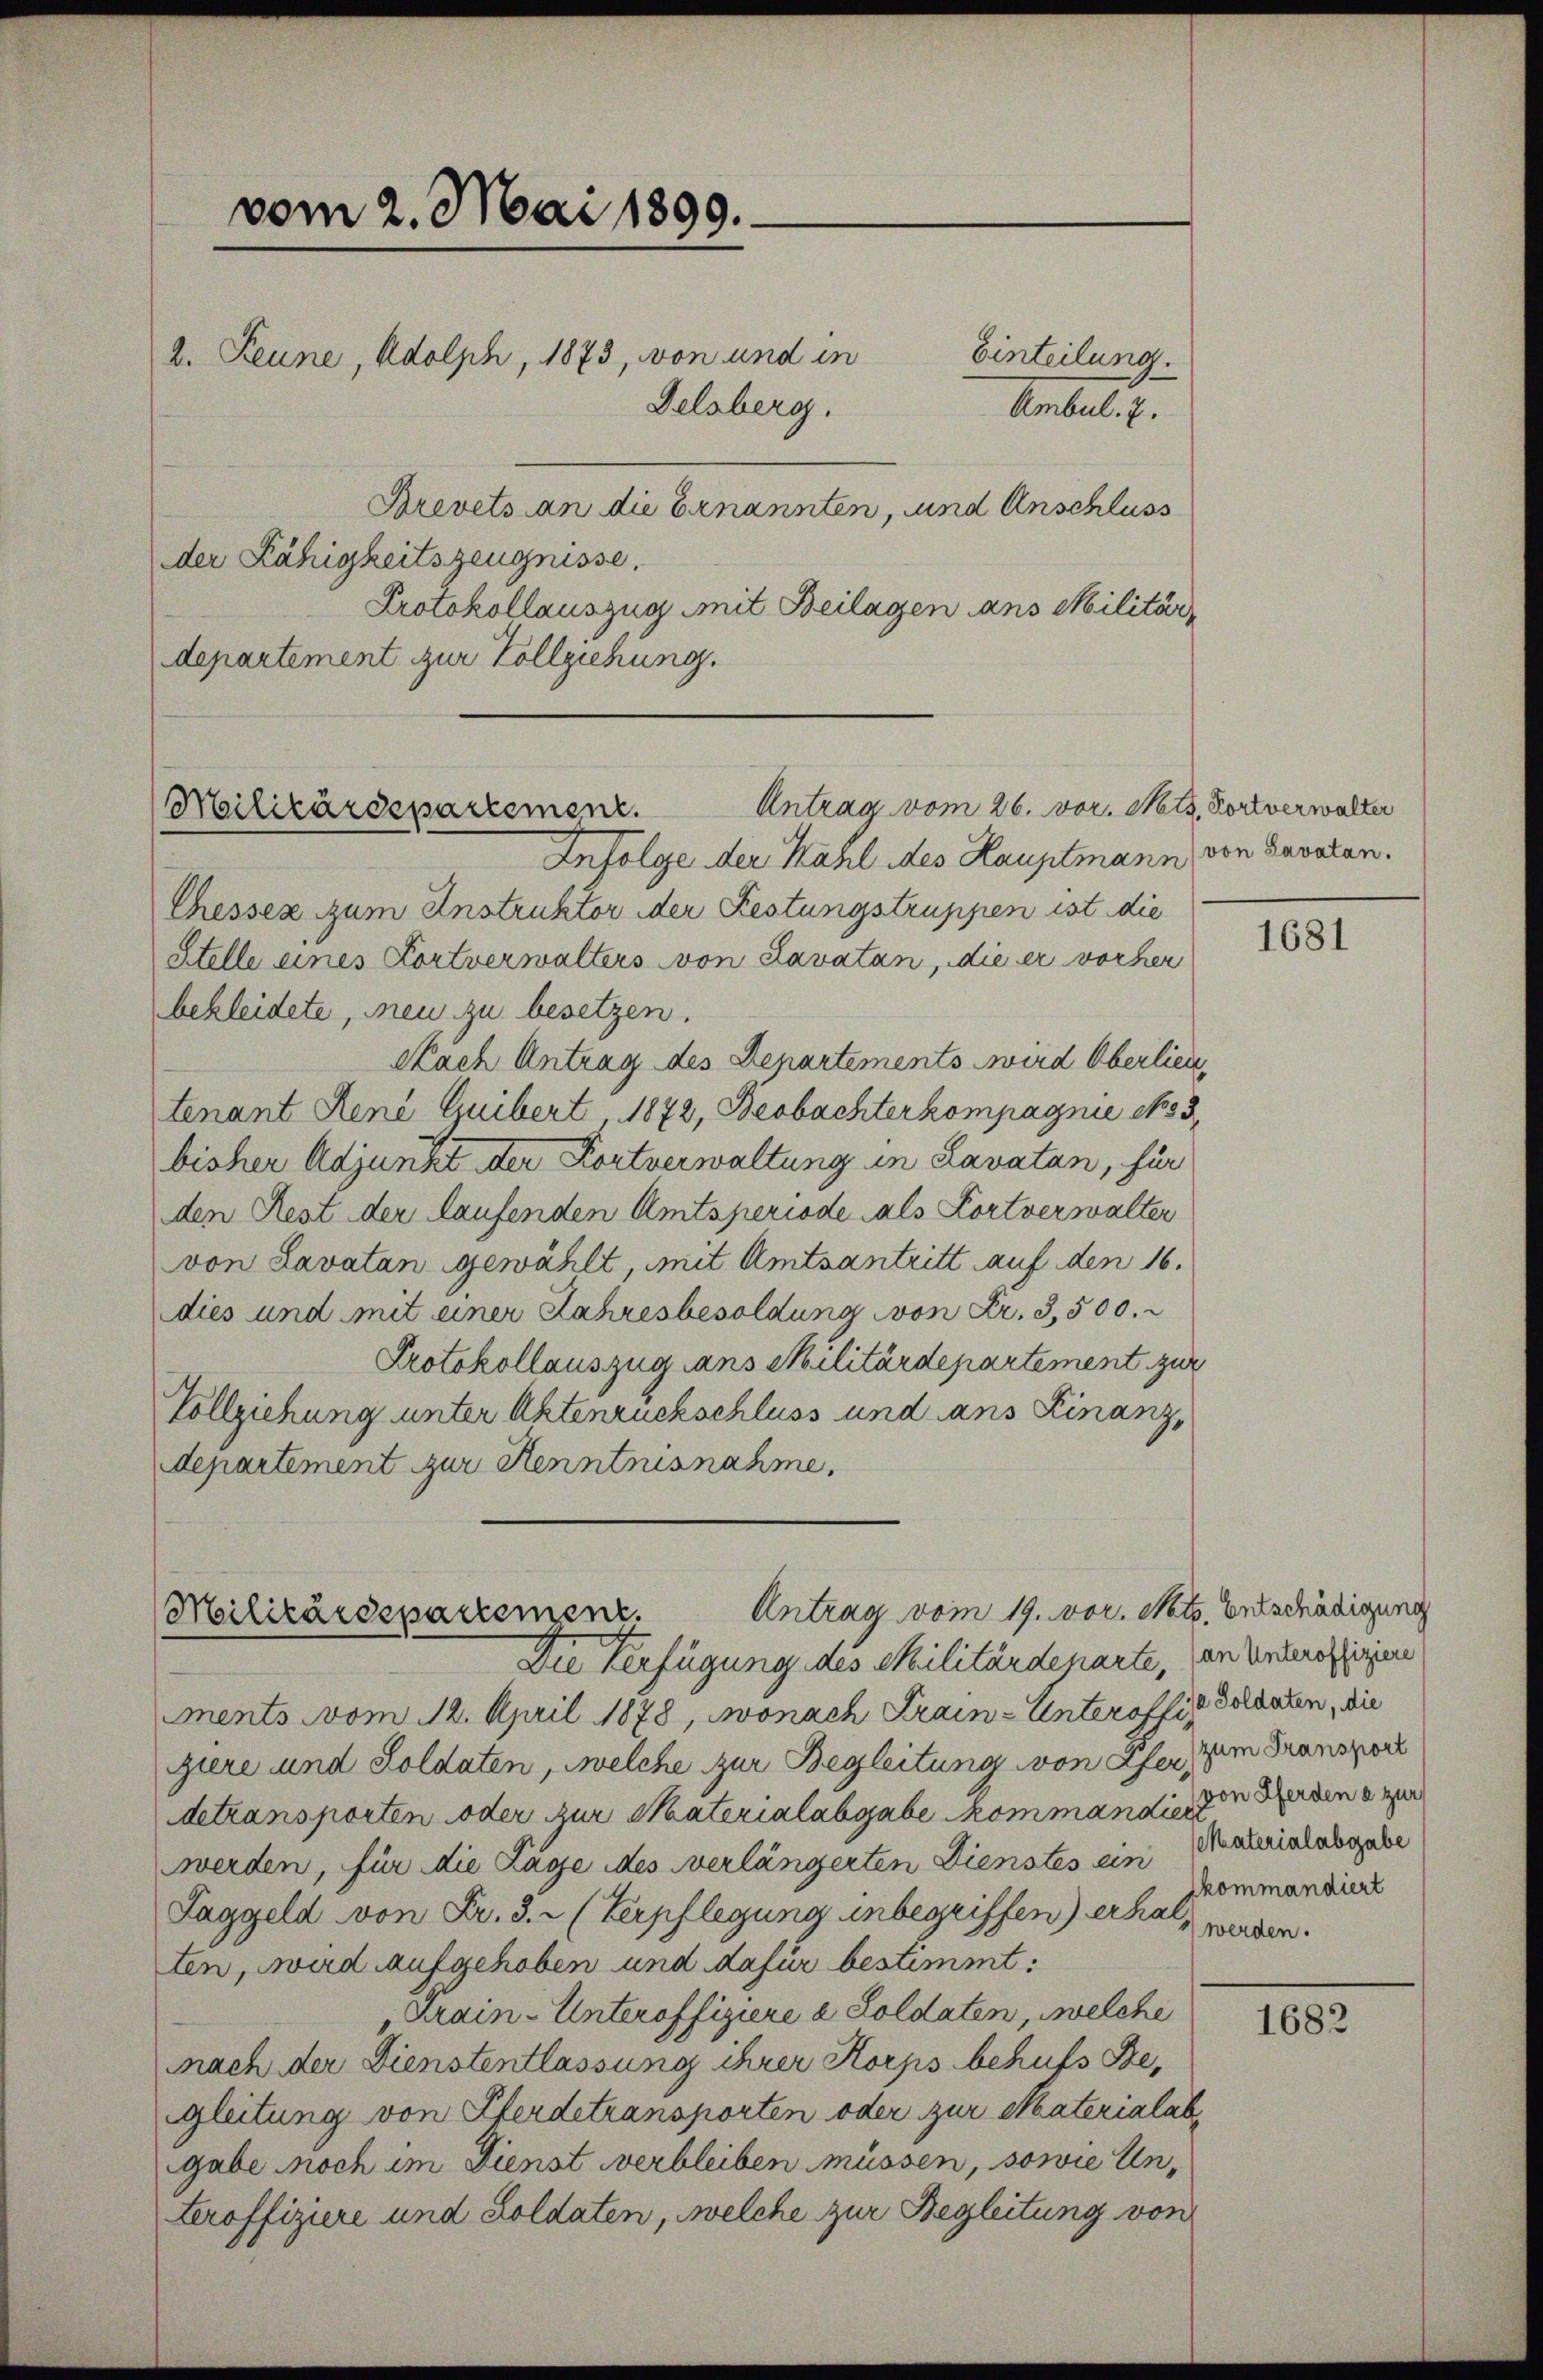
vom 2. Mai 1899.
2. Peune, Adolph, 1873, von und in
Delsberg.

Einteilung.
Ambul. 7.
Brevets an die Ernannten, und Anschluss
der Fähigkeitszeugnisse.
Protokollauszug mit Beilagen ans Militär
departement zur Vollziehung.

Antrag vom 26. vor. Mts. Fortverwalter
Militärdepartement.

Antrag vom 19. vor. Mts. Entschädigung
Militärdepartement.

Infolge der Kahl des Hauptmann von Savaten.
Chessez zum Anstruktor der Festungstruppen ist die
Stelle eines Kortverwalters von Lavatan, die er vorher
bekleidete, neu zu besetzen.
Nach Antrag des Departements wird Oberlieu,
tenant René Guibert 1872, Beobachterkompagnie No. 53
bisher Adjunkt der Kortverwaltung in Lavatan, für
den Rest der laufenden Amtsperiode als Kortverwalter
von Lavatan gewählt, mit Amtsantritt auf den 16.
dies und mit einer Jahresbesoldung von Fr. 3,500.
Protokollauszug ans Militärdepartement zur
Vollziehung unter Aktenruckschluss und ans Finanzdepartement zur Kenntnisnahme.

Die Verfügung des Militärdenarte, (an Unteroffiziere
ments vom 12. April 1878, wonach Krain-Unteraffig Staaten, die
giere und Soldaten, welche zur Begleitung von Afer, zum Transport
detransporten oder zur Materialabgabe kommandienenden er
werden, für die Lage des verlängerten Dienstes ein
Taggeld von Fr. 3. (Verpflegung inbegriffen) erhalten, wird aufgehoben und dafür bestimmt:
Krain-Unteroffiziere a Soldaten, welche
nach der Dienstentlassung ihrer Korps behufs Begleitung von Pferdetransporten oder zur Naterialab
gabe noch im Dienst verbleiben müssen, sowie Unteroffiziere und Soldaten, welche zur Begleitung von

1681

Materialabgabe
kommandiert
werden.

1682